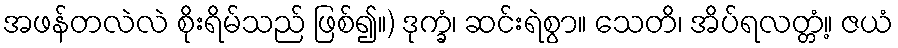
အဖန်တလဲလဲ စိုးရိမ်သည် ဖြစ်၍။) ဒုက္ခံ၊ ဆင်းရဲစွာ။ သေတိ၊ အိပ်ရလတ္တံ့။ ဇယံ